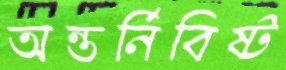
অন্তর্নিবিষ্ট